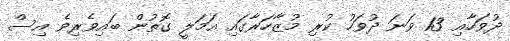
ދުވަހާއި 13 ވަނަ ދުވަހު ކުރި މުޒާހަރާގައި އަމަލީ ގޮތުން ބައިވެރިވެ އިސް